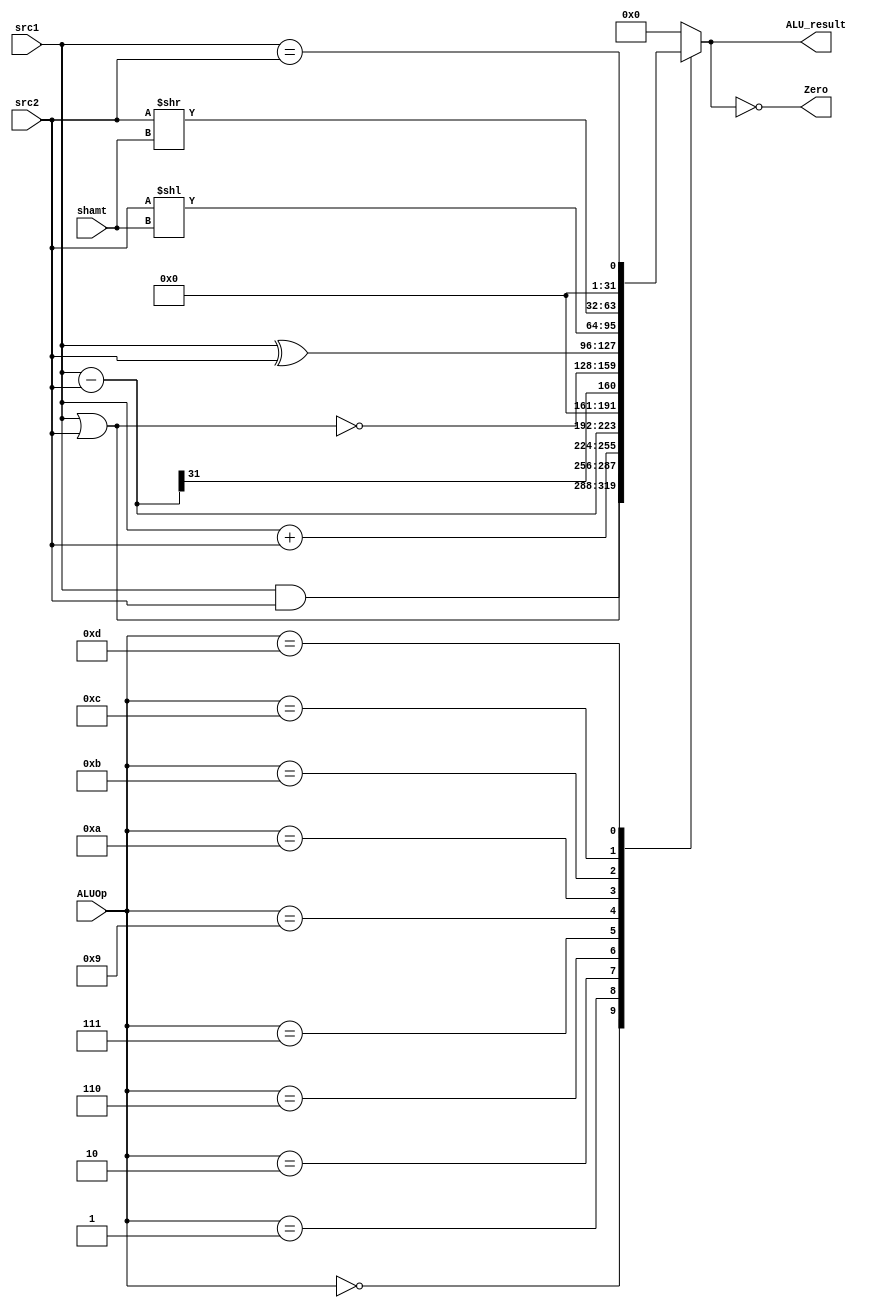
// ALU

module ALU ( ALUOp,
			 src1,
			 src2,
			 shamt,
			 ALU_result,
			 Zero);
	
	parameter bit_size = 32;
	
	input [3:0] ALUOp;
	input [bit_size-1:0] src1;
	input [bit_size-1:0] src2;
	input [4:0] shamt;
	
	output reg[bit_size-1:0] ALU_result;
	output Zero;
	
	assign Zero = (ALU_result == 0);
	// write your code in here
	always @(ALUOp or src1 or src2) begin
		case (ALUOp)
			4'd0: ALU_result <= src1 & src2;            //and
			4'd1: ALU_result <= src1 | src2;            //or
			4'd2: ALU_result <= src1 + src2;            //add
			4'd6: ALU_result <= src1 - src2;            //sub
			4'd7: ALU_result <= (src1 - src2) >> 31;    //slt
			4'd9: ALU_result <= ~(src1 | src2);         //nor
			4'd10: ALU_result <= src1 ^ src2;           //xor
			4'd11: ALU_result <= src2 << shamt;         //sll
			4'd12: ALU_result <= src2 >> shamt;         //srl
			4'd13: ALU_result <= (src1 == src2);        //equal
			default: ALU_result <= 0;
		endcase
	end
endmodule